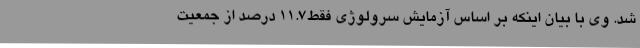
شد. وی با بیان اینکه بر اساس آزمایش سرولوژی فقط11.7 درصد از جمعیت